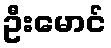
ဦးမောင်